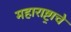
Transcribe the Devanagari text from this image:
महाराष्ट्र्राचे